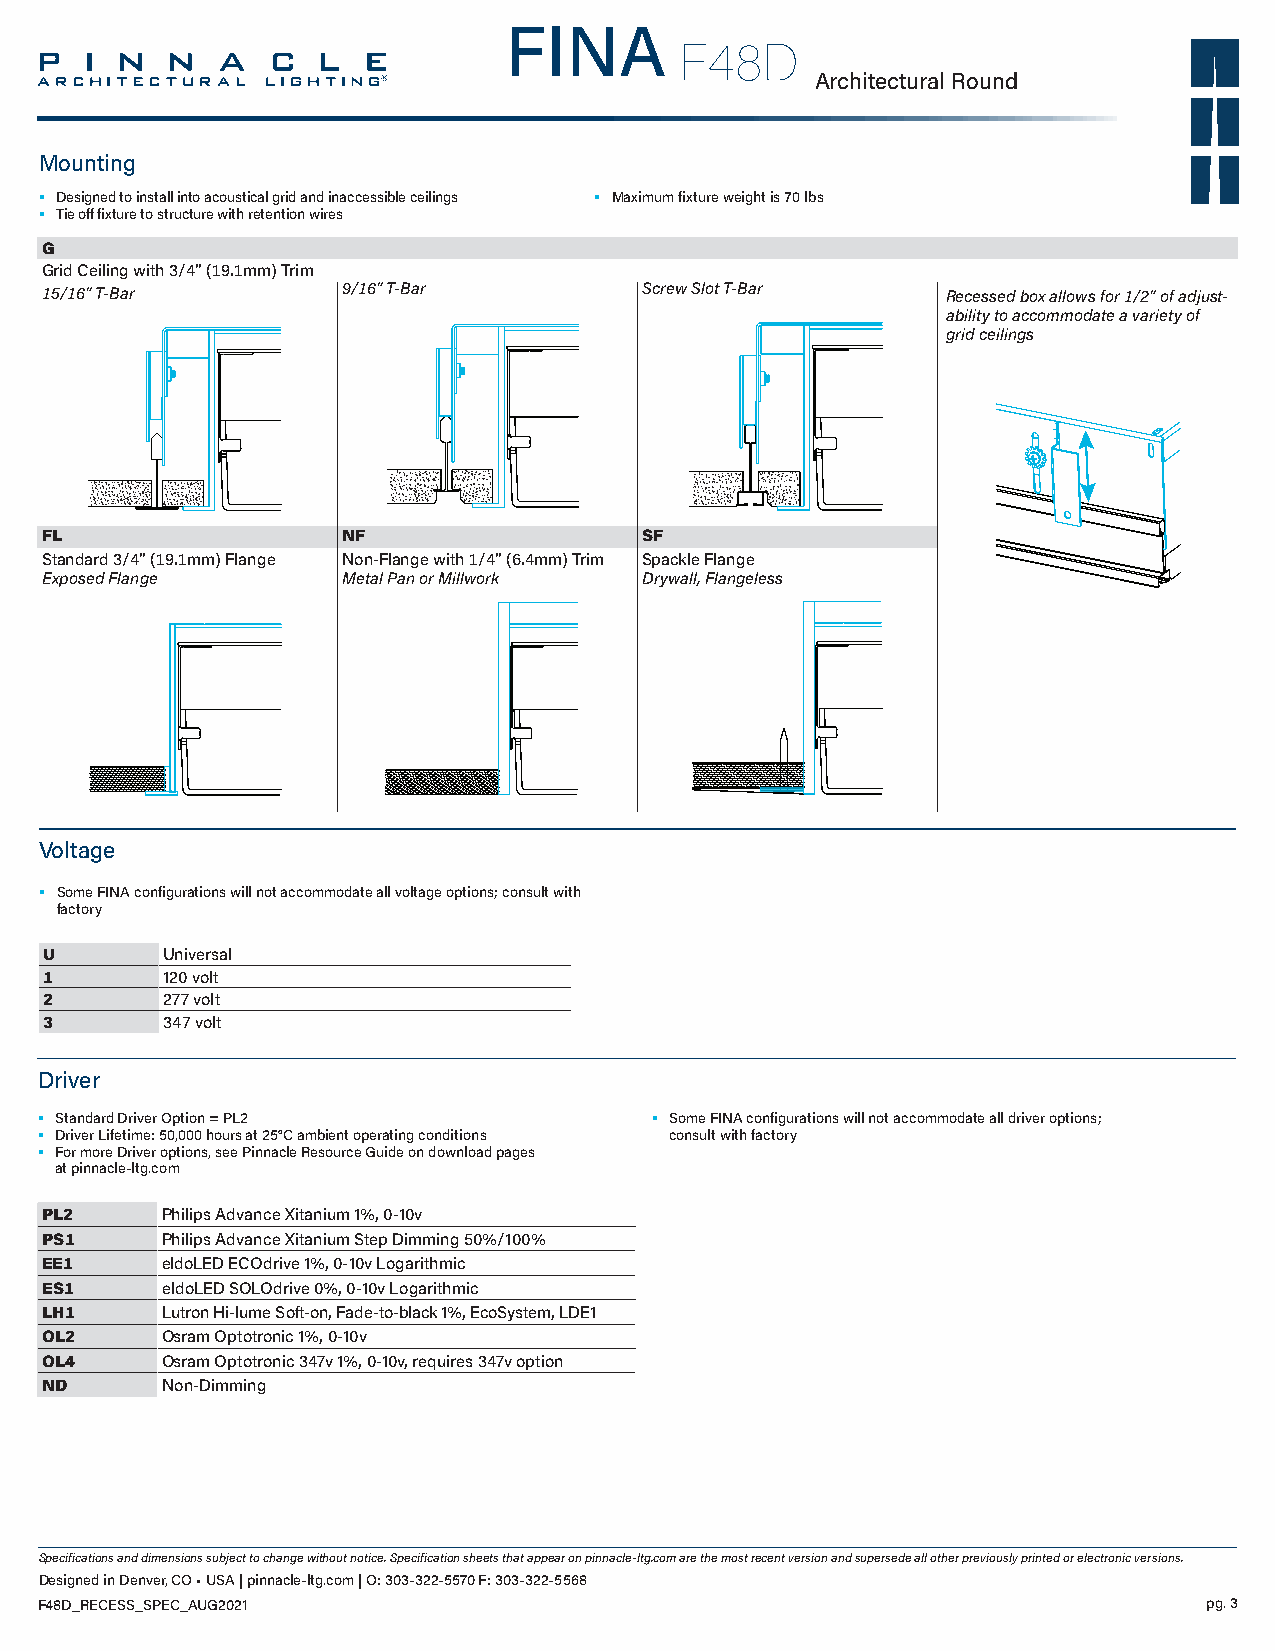
FINA
 F48D
 Architectural Round
 Mounting
 • Designed to install into acoustical grid and inaccessible ceilings • Maximum fixture weight is 70 lbs
 • Tie off fixture to structure with retention wires
 G
 Grid Ceiling with 3/4” (19.1mm) Trim
 15/16” T-Bar        9/16” T-Bar         Screw Slot T-Bar    Recessed box allows for 1/2” of adjust-
 ability to accommodate a variety of
 grid ceilings
 FL                  NF                  SF
 Standard 3/4” (19.1mm) Flange Non-Flange with 1/4” (6.4mm) Trim Spackle Flange
 Exposed Flange      Metal Pan or Millwork Drywall, Flangeless
 Voltage
 • Some FINA configurations will not accommodate all voltage options; consult with
 factory
 U       Universal
 1       120 volt
 2       277 volt
 3       347 volt
 Driver
 • Standard Driver Option = PL2           • Some FINA configurations will not accommodate all driver options;
 • Driver Lifetime: 50,000 hours at 25°C ambient operating conditions consult with factory
 • For more Driver options, see Pinnacle Resource Guide on download pages
 at pinnacle-ltg.com
 PL2     Philips Advance Xitanium 1%, 0-10v
 PS1     Philips Advance Xitanium Step Dimming 50%/100%
 EE1     eldoLED ECOdrive 1%, 0-10v Logarithmic
 ES1     eldoLED SOLOdrive 0%, 0-10v Logarithmic
 LH1     Lutron Hi-lume Soft-on, Fade-to-black 1%, EcoSystem, LDE1
 OL2     Osram Optotronic 1%, 0-10v
 OL4     Osram Optotronic 347v 1%, 0-10v, requires 347v option
 ND      Non-Dimming
 Specifications and dimensions subject to change without notice. Specification sheets that appear on pinnacle-ltg.com are the most recent version and supersede all other previously printed or electronic versions.
 Designed in Denver, CO • USA | pinnacle-ltg.com | O: 303-322-5570 F: 303-322-5568
 F48D_RECESS_SPEC_AUG2021                                                      pg. 3